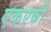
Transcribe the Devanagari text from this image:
एकएकी